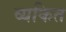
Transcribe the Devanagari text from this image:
व्‍यकित